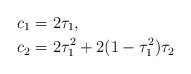
LaTeX: \begin{align*}&c_1=2\tau_1,\\ &c_2=2\tau^2_1 +2(1-\tau^2_1)\tau_2\end{align*}